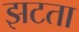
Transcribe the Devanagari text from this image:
झटता